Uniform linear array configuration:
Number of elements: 48
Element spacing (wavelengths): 0.25
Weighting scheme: uniform
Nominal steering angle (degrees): -15
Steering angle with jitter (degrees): -16.965
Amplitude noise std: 0.05
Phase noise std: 0.05

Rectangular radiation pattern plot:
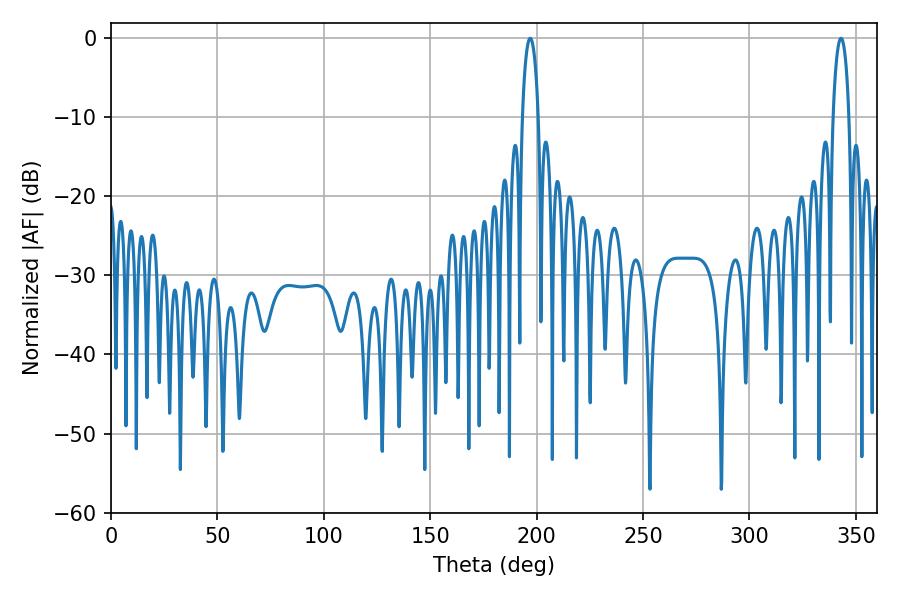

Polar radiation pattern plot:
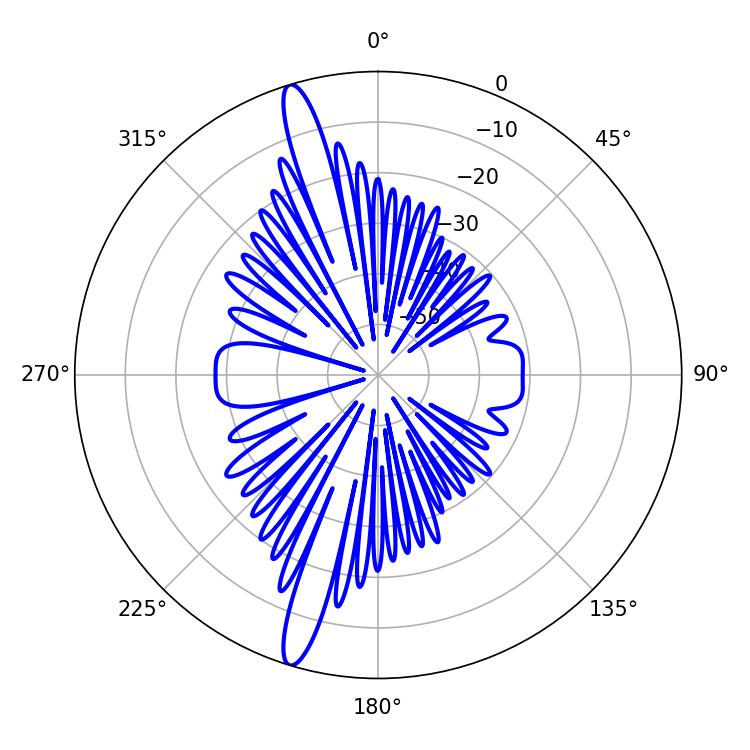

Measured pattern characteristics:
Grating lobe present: FALSE
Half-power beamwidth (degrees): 4.14
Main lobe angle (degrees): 196.92